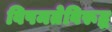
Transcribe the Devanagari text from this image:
विषमतेविरूद्ध